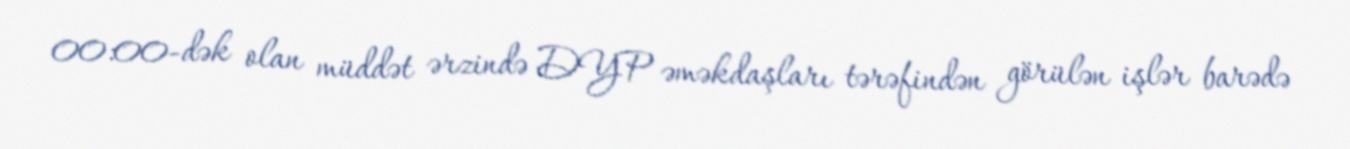
00:00-dək olan müddət ərzində DYP əməkdaşları tərəfindən görülən işlər barədə